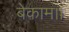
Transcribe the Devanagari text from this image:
बेकाम।।